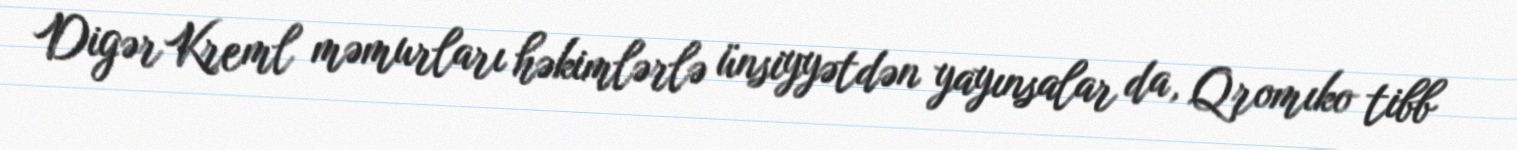
Digər Kreml məmurları həkimlərlə ünsiyyətdən yayınsalar da, Qromıko tibb